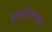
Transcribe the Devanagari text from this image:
पालनेलायक